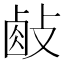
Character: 𢾃